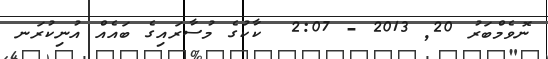
ނޮވެމްބަރު 20